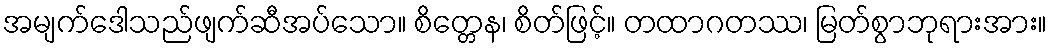
အမျက်ဒေါသည်ဖျက်ဆီအပ်သော။ စိတ္တေန၊ စိတ်ဖြင့်။ တထာဂတဿ၊ မြတ်စွာဘုရားအား။